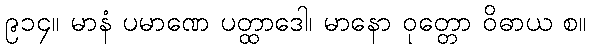
၉၁၄။ မာနံ ပမာဏေ ပတ္ထာဒေါ၊ မာနော ဝုတ္တော ဝိဓာယ စ။